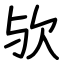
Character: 欤